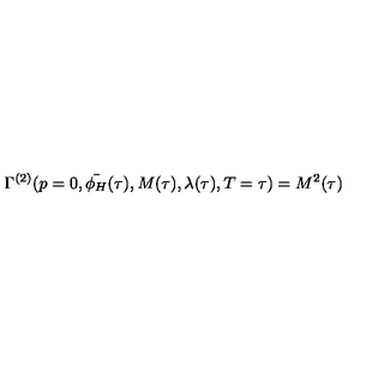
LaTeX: \Gamma ^ { ( 2 ) } ( p = 0 , \bar { \phi _ { H } } ( \tau ) , M ( \tau ) , \lambda ( \tau ) , T = \tau ) = M ^ { 2 } ( \tau )